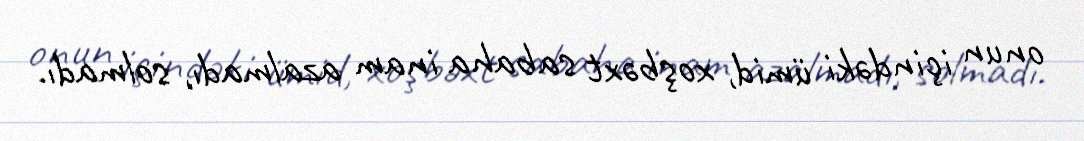
onun içindəki ümid, xoşbəxt sabaha inam azalmadı, solmadı.